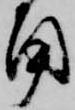
角